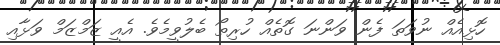
ހޮޅިއެއް ނުވަތަ ފެން ވަންނަ ގޮތެއް ހުރިތޯ ބެލުވީމެވެ. އެއީ ޒަމްޒަމް ވަޅާއި